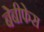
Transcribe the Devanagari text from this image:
बेबीफेस